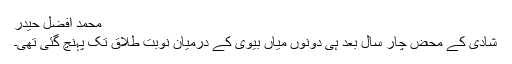
محمد افضل حیدر
شادی کے محض چار سال بعد ہی دونوں میاں بیوی کے درمیان نوبت طلاق تک پہنچ گئی تھی۔